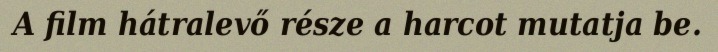
A film hátralevő része a harcot mutatja be.